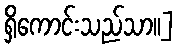
ရှိကောင်းသည်သာ၊၊]